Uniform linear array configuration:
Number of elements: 4
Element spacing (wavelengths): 0.5
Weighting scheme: blackman
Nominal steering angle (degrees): -60
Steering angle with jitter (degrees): -59.865
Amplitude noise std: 0.05
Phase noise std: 0.05

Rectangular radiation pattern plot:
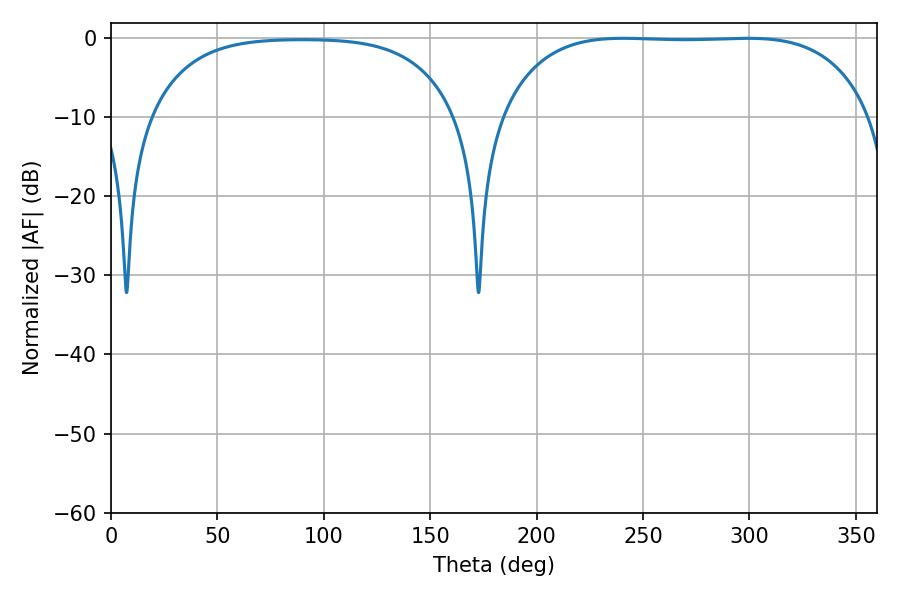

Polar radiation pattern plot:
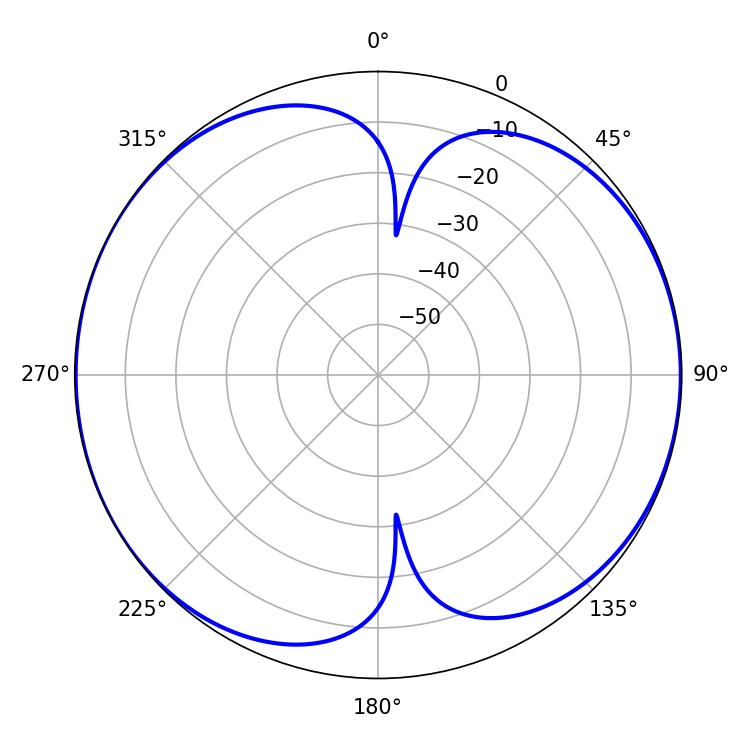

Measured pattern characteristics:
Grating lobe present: FALSE
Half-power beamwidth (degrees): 136.08
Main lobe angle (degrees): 240.84